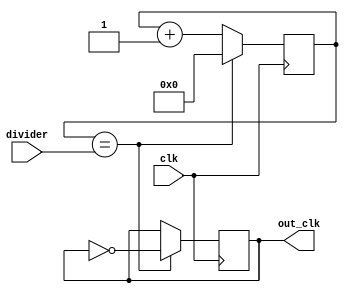
module clock_divider (
    input wire clk,
    input wire [7:0] divider,
    output reg out_clk
);

reg [7:0] counter;

always @(posedge clk) begin
    if (counter == divider) begin
        out_clk <= ~out_clk;
        counter <= 0;
    end else begin
        counter <= counter + 1;
    end
end

endmodule